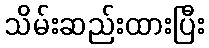
သိမ်းဆည်းထားပြီး